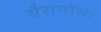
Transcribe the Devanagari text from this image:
सैरागॉसा